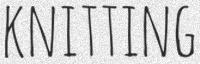
KNITTING